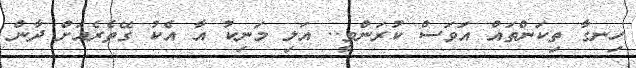
ހިނގާ ތިކަންތައް އަވަސް ކުރަންވީ.. އަލި މަނިކު އާ އެކު ގޭތެރެއަށް ދާން